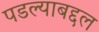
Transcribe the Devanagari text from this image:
पडल्याबद्दल